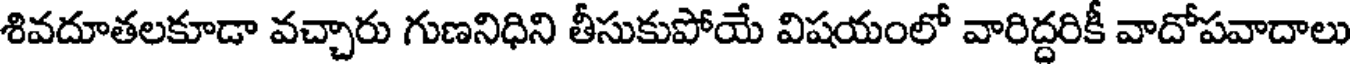
శివదూతలకూడా వచ్చారు గుణనిధిని తీసుకుపోయే విషయంలో వారిద్దరికీ వాదోపవాదాలు